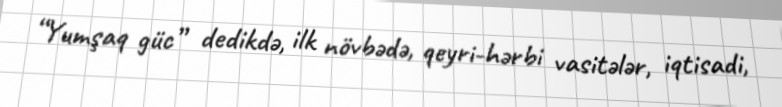
“Yumşaq güc” dedikdə, ilk növbədə, qeyri-hərbi vasitələr, iqtisadi,